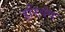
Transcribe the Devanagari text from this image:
हरिवंष